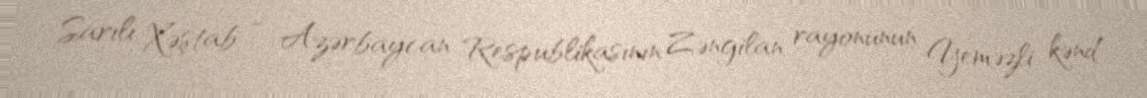
Sarılı Xəştab — Azərbaycan Respublikasının Zəngilan rayonunun Yeməzli kənd